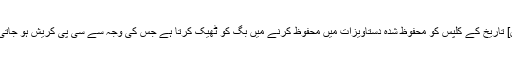
[فکس] تاریخ کے کلپس کو محفوظ شدہ دستاویزات میں محفوظ کرنے میں بگ کو ٹھیک کرتا ہے جس کی وجہ سے سی پی کریش ہو جاتی ہے۔